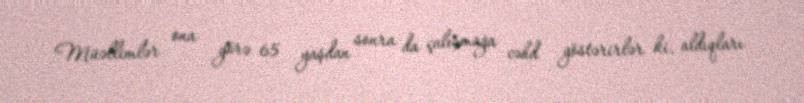
Müəllimlər ona görə 65 yaşdan sonra da çalışmağa cəhd göstərirlər ki, aldıqları